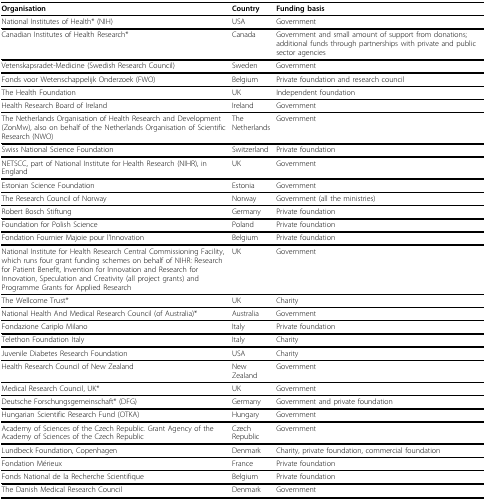
<table><thead><tr><td><b>Organisation</b></td><td><b>Country</b></td><td><b>Funding basis</b></td></tr></thead><tbody><tr><td>National Institutes of Health* (NIH)</td><td>USA</td><td>Government</td></tr><tr><td>Canadian Institutes of Health Research*</td><td>Canada</td><td>Government and small amount of support from donations; additional funds through partnerships with private and public sector agencies</td></tr><tr><td>Vetenskapsradet-Medicine (Swedish Research Council)</td><td>Sweden</td><td>Government</td></tr><tr><td>Fonds voor Wetenschappelijk Onderzoek (FWO)</td><td>Belgium</td><td>Private foundation and research council</td></tr><tr><td>The Health Foundation</td><td>UK</td><td>Independent foundation</td></tr><tr><td>Health Research Board of Ireland</td><td>Ireland</td><td>Government</td></tr><tr><td>The Netherlands Organisation of Health Research and Development (ZonMw), also on behalf of the Netherlands Organisation of Scientific Research (NWO)</td><td>The Netherlands</td><td>Government</td></tr><tr><td>Swiss National Science Foundation</td><td>Switzerland</td><td>Private foundation</td></tr><tr><td>NETSCC, part of National Institute for Health Research (NIHR), in England</td><td>UK</td><td>Government</td></tr><tr><td>Estonian Science Foundation</td><td>Estonia</td><td>Government</td></tr><tr><td>The Research Council of Norway</td><td>Norway</td><td>Government (all the ministries)</td></tr><tr><td>Robert Bosch Stiftung</td><td>Germany</td><td>Private foundation</td></tr><tr><td>Foundation for Polish Science</td><td>Poland</td><td>Private foundation</td></tr><tr><td>Fondation Fournier Majoie pour l&#x27;Innovation</td><td>Belgium</td><td>Private foundation</td></tr><tr><td>National Institute for Health Research Central Commissioning Facility, which runs four grant funding schemes on behalf of NIHR: Research for Patient Benefit, Invention for Innovation and Research for Innovation, Speculation and Creativity (all project grants) and Programme Grants for Applied Research</td><td>UK</td><td>Government</td></tr><tr><td>The Wellcome Trust*</td><td>UK</td><td>Charity</td></tr><tr><td>National Health And Medical Research Council (of Australia)*</td><td>Australia</td><td>Government</td></tr><tr><td>Fondazione Cariplo Milano</td><td>Italy</td><td>Private foundation</td></tr><tr><td>Telethon Foundation Italy</td><td>Italy</td><td>Charity</td></tr><tr><td>Juvenile Diabetes Research Foundation</td><td>USA</td><td>Charity</td></tr><tr><td>Health Research Council of New Zealand</td><td>New Zealand</td><td>Government</td></tr><tr><td>Medical Research Council, UK*</td><td>UK</td><td>Government</td></tr><tr><td>Deutsche Forschungsgemeinschaft* (DFG)</td><td>Germany</td><td>Government and private foundation</td></tr><tr><td>Hungarian Scientific Research Fund (OTKA)</td><td>Hungary</td><td>Government</td></tr><tr><td>Academy of Sciences of the Czech Republic. Grant Agency of the Academy of Sciences of the Czech Republic</td><td>Czech Republic</td><td>Government</td></tr><tr><td>Lundbeck Foundation, Copenhagen</td><td>Denmark</td><td>Charity, private foundation, commercial foundation</td></tr><tr><td>Fondation Mérieux</td><td>France</td><td>Private foundation</td></tr><tr><td>Fonds National de la Recherche Scientifique</td><td>Belgium</td><td>Private foundation</td></tr><tr><td>The Danish Medical Research Council</td><td>Denmark</td><td>Government</td></tr></tbody></table>